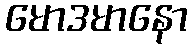
မောဒမာနော